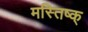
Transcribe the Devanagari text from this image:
मस्तिष्क्